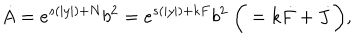
\dot { A } = e ^ { s ( | y | ) + N } b ^ { 2 } = e ^ { s ( | y | ) + k F } b ^ { 2 } ~ \bigg ( = k \dot { F } + \dot { J } \bigg ) ,